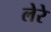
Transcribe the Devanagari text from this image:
लेरे